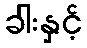
ခါးနှင့်